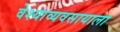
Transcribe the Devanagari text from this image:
वेश्याव्यवसायाला